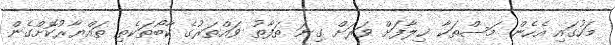
މަހުގައި އެހެން މަސްތަކާ ޚިލާފަށް ވަރަށް ގިނަ ތަފާތު ވައްތަރުގެ ކާބޯތަކެތި ތައްޔާރުކޮށްގެން